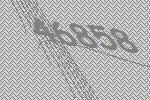
46858